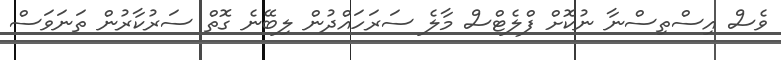
ވެސް އިސްތިސްނާ ނުކޮށް ފްލެޓްސް މާލެ ސަރަހައްދުން ލިބޭނެ ގޮތް ސަރުކާރުން ތަނަވަސް